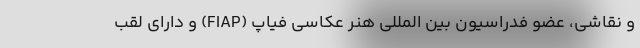
و نقاشی، عضو فدراسیون بین المللی هنر عکاسی فیاپ (FIAP) و دارای لقب